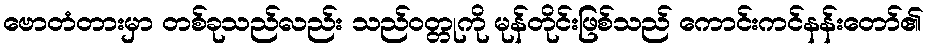
ဗောတံတားမှာ တစ်ခုသည်လည်း သည်ဝတ္တုကို မုန်တိုင်းဖြစ်သည် ကောင်းကင်နန်းတော်၏